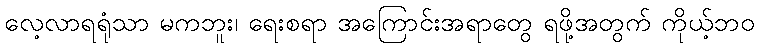
လေ့လာရရုံသာ မကဘူး၊ ရေးစရာ အကြောင်းအရာတွေ ရဖို့အတွက် ကိုယ့်ဘဝ